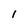
Character: 1